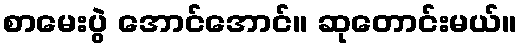
စာမေးပွဲ အောင်အောင်။ ဆုတောင်းမယ်။